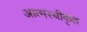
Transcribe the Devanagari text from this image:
आत्‍मस्‍वीकृत